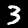
Digit: 3